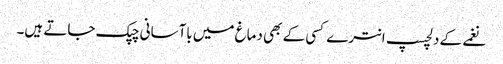
نغمے کے دلچسپ انترے کسی کے بھی دماغ میں باآسانی چپک جاتے ہیں۔